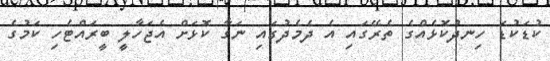
ކުޑަކުޑަ ހިނދުކޮޅެއްގެ ތެރޭގައި އެ ދެމެދުގައި ނަގާ ކޮޅަށް އެޖަހާލީ ބީރައްޓެހި ކަމުގެ